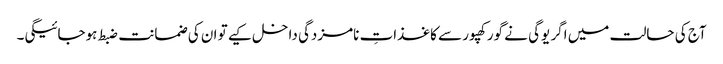
آج کی حالت میں اگر یوگی نے گورکھپور سے کاغذاتِ نامزدگی داخل کیے تو ان کی ضمانت ضبط ہوجائیگی۔